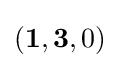
(\mathbf {1} ,\mathbf {3} ,0)